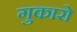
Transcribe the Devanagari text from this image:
गुकारो